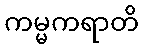
ကမ္မကရာတိ